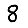
Digit: 8